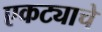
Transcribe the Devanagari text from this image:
एकट्याचे